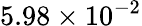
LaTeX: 5.98\times 10^{-2}